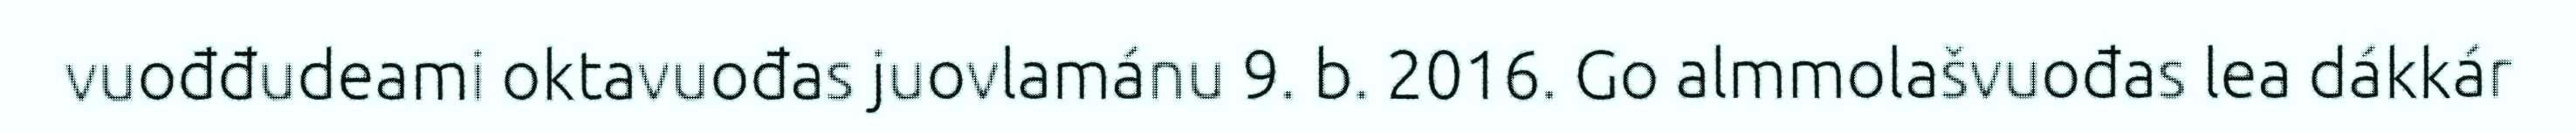
vuođđudeami oktavuođas juovlamánu 9. b. 2016. Go almmolašvuođas lea dákkár